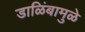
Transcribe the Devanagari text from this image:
डाळिंबामुळे